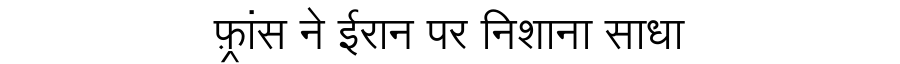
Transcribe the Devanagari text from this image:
फ़्रांस ने ईरान पर निशाना साधा